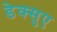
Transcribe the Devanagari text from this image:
डेक्सुए